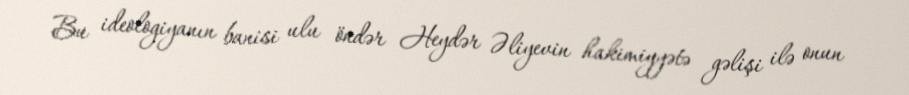
Bu ideologiyanın banisi ulu öndər Heydər Əliyevin hakimiyyətə gəlişi ilə onun